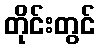
တိုင်းတွင်